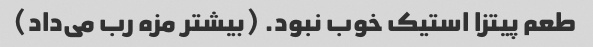
طعم پیتزا استیک خوب نبود. (بیشتر مزه رب می‌داد)